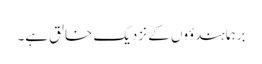
برہما ہندؤوں کے نزدیک خالق ہے۔